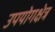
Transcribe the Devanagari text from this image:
उपयोगक्षेत्र